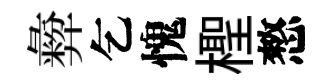
彜乞愧檉憗